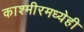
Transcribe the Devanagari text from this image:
काश्मीरमध्येही